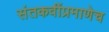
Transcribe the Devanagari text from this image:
संतकवींप्रमाणेच